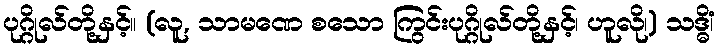
ပုဂ္ဂိုလ်တို့နှင့်။ (လူ, သာမဏေ စသော ကြွင်းပုဂ္ဂိုလ်တို့နှင့်၊ ဟူလို၊) သဒ္ဓိံ၊